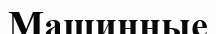
Машинные